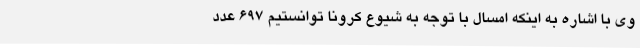
وی با اشاره به اینکه امسال با توجه به شیوع کرونا توانستیم 697 عدد